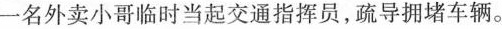
一名外卖小哥临时当起交通指挥员，疏导拥堵车辆。